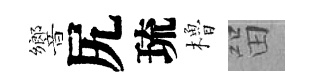
響尻琉櫓㽞